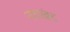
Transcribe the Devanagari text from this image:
नवखंड